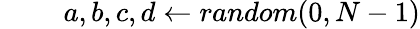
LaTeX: \qquad\ {a,b,c,d\gets random(0,N-1)}